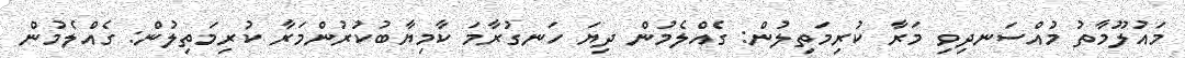
މައުލޫމާތު މުއްސަނދިވި މަރާ ކުރިމަތިލުން: ގެއްލެމުން ދިޔަ ހަނގުރާމަ ކާމިޔާބުކުރުންމަރާ ކުރިމަތިލުން: ގެއްލެމުން